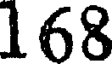
168